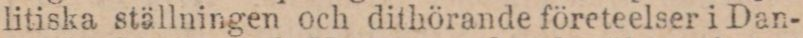
litiska ställningen och dithörande företeelser i Dan-